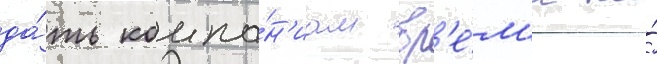
да́ть компа́н'иам вр'е́м'я на́